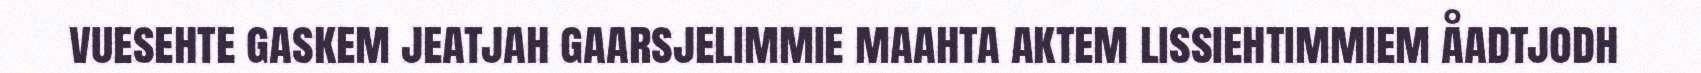
vuesehte gaskem jeatjah gaarsjelimmie maahta aktem lissiehtimmiem åadtjodh